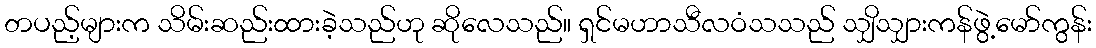
တပည့်များက သိမ်းဆည်းထားခဲ့သည်ဟု ဆိုလေသည်။ ရှင်မဟာသီလဝံသသည် သျှိသျှားကန်ဖွဲ့မော်ကွန်း